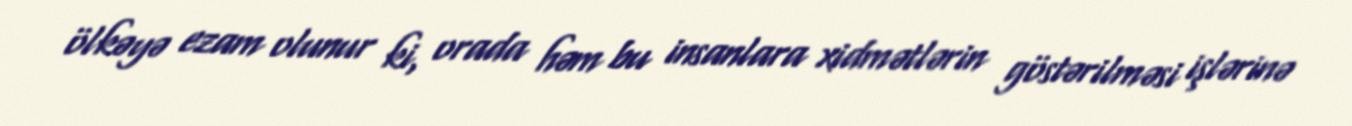
ölkəyə ezam olunur ki, orada həm bu insanlara xidmətlərin göstərilməsi işlərinə